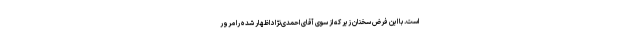
است. با این فرض سخنان زیر که از سوی آقای احمدی‌نژاد اظهار شده را مرور